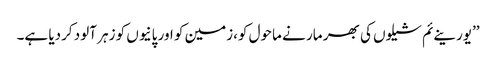
’’یورینےئم شیلوں کی بھر مار نے ماحول کو،زمین کو اور پانیوں کو زہر آلود کردیا ہے۔